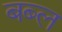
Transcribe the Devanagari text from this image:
बब्ल